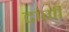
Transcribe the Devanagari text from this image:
टांगी